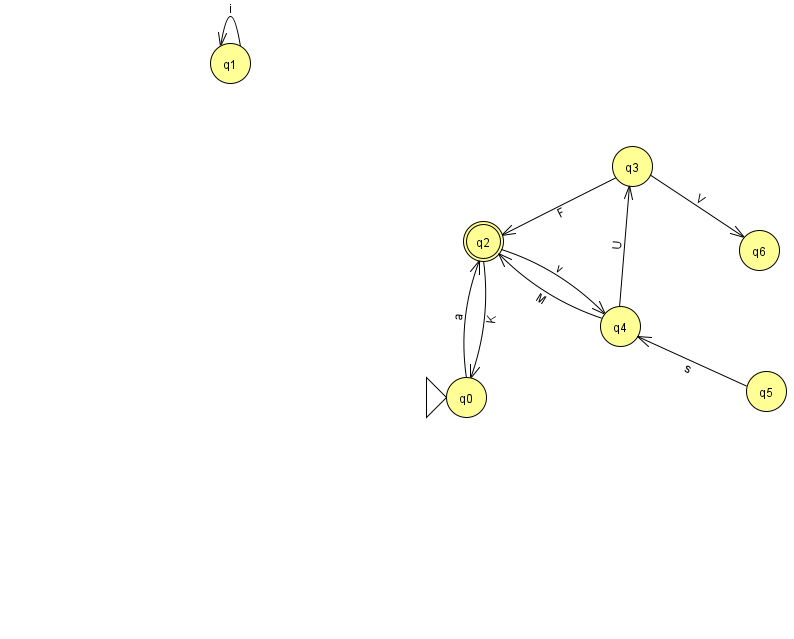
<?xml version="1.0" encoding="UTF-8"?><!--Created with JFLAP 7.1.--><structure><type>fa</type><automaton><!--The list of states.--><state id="0" name="q0"><x>466.0</x><y>384.0</y><initial/></state><state id="1" name="q1"><x>230.0</x><y>50.0</y></state><state id="2" name="q2"><x>483.0</x><y>228.0</y><final/></state><state id="3" name="q3"><x>632.0</x><y>153.0</y></state><state id="4" name="q4"><x>620.0</x><y>313.0</y></state><state id="5" name="q5"><x>766.0</x><y>378.0</y></state><state id="6" name="q6"><x>759.0</x><y>237.0</y></state><!--The list of transitions.--><transition><from>4</from><to>3</to><read>U</read></transition><transition><from>4</from><to>2</to><read>M</read></transition><transition><from>3</from><to>6</to><read>V</read></transition><transition><from>0</from><to>2</to><read>a</read></transition><transition><from>3</from><to>2</to><read>F</read></transition><transition><from>1</from><to>1</to><read>i</read></transition><transition><from>5</from><to>4</to><read>s</read></transition><transition><from>2</from><to>0</to><read>K</read></transition><transition><from>2</from><to>4</to><read>v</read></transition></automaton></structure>